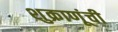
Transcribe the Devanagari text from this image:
शुक्राणूंची